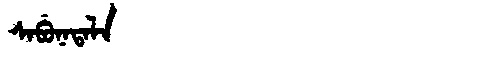
Manchu: ᠰᠠᠪᡠᠨᠠᡨᠠᠯᠠ
Romanization: SABUNATALA